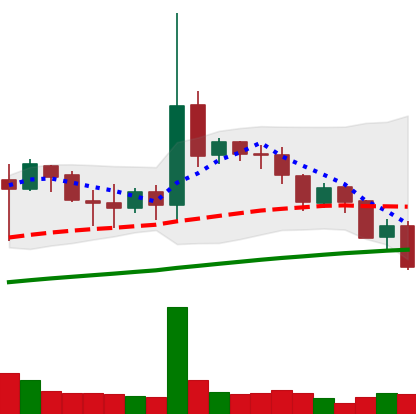
Ticker: DOGE-USD
Chart end date: 2019-07-16
Forward return: 8.885%
Label: up_7plus